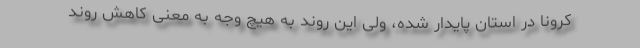
کرونا در استان پایدار شده، ولی این روند به هیچ وجه به معنی کاهش روند